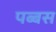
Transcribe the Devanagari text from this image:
पब्बस